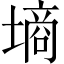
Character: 墒